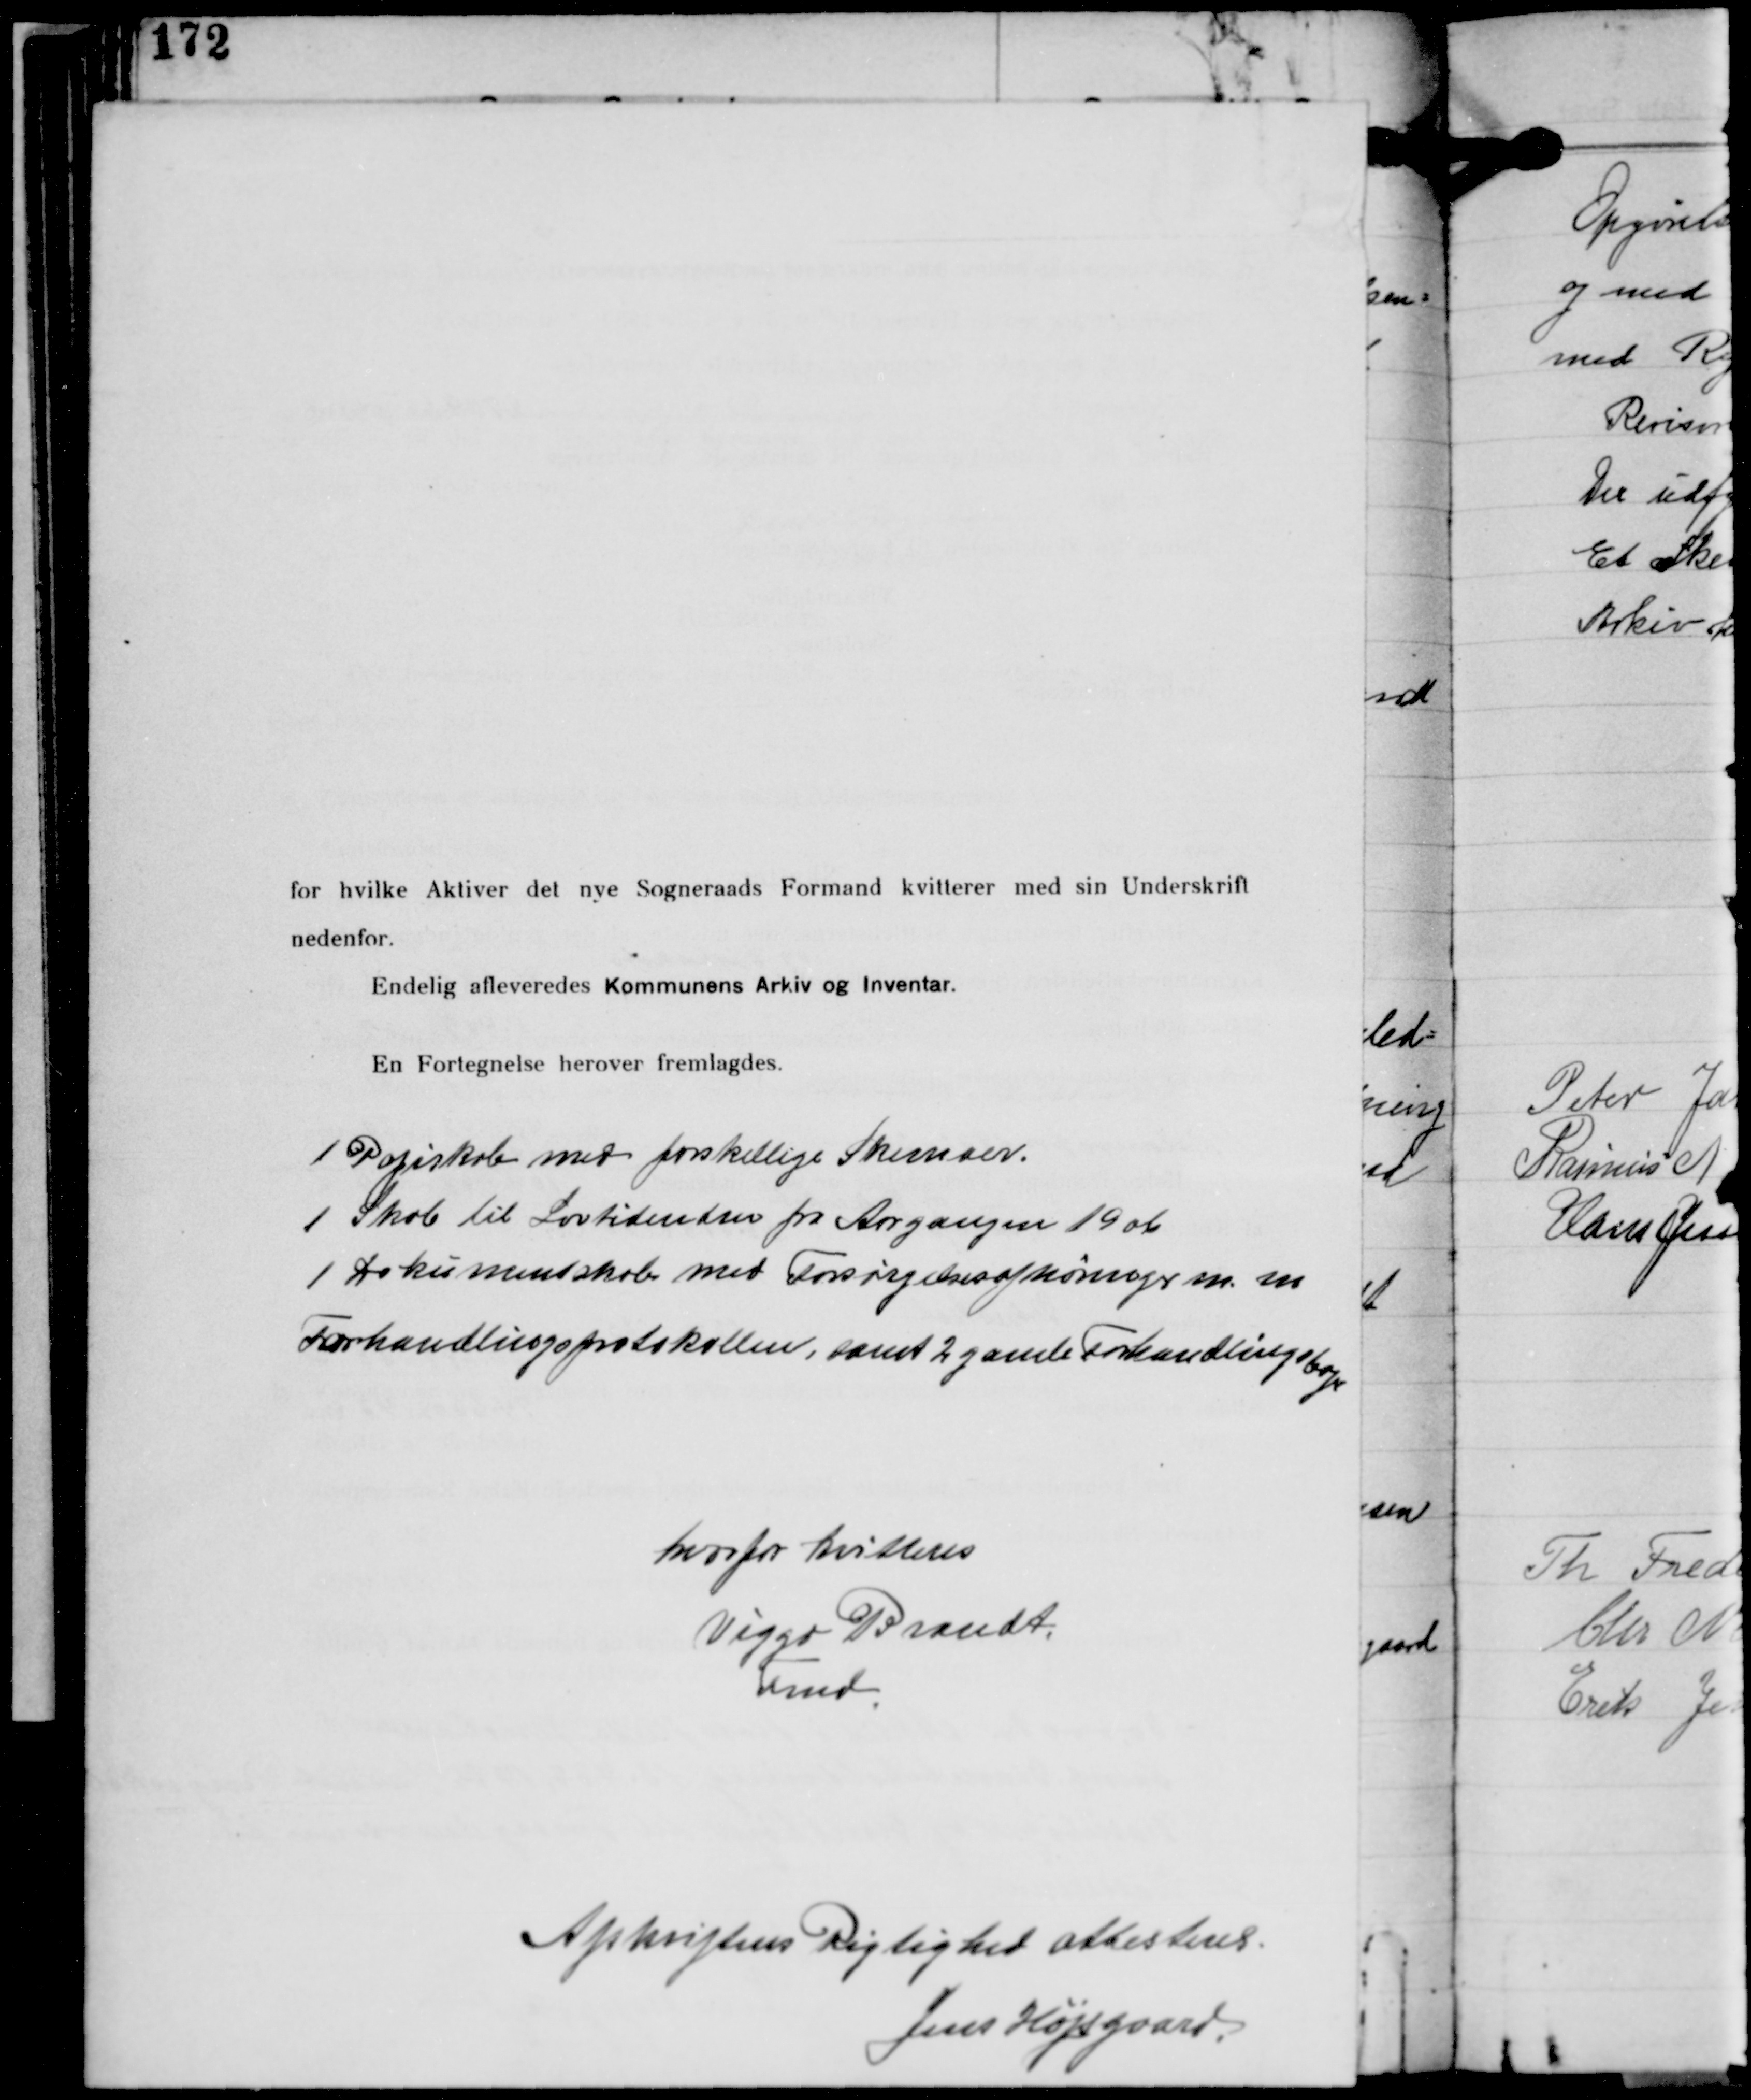
Transskription:
1 Papirskab med forskellige Skemaer
1 Skab til Lovtidender fra Aargangen 1906
1 Dokumentskab med Forsørgelsesafhøringer m.m.
Forhandlingsprotokollen, samt 2 gamle Forhandlingsbøger.

hvorfor kvitteres
Viggo Brandt
Fmd.

Afskriftens Rigtighed attesteres
Jens Højsgaard